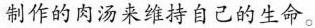
制作的肉汤来维持自己的生命。